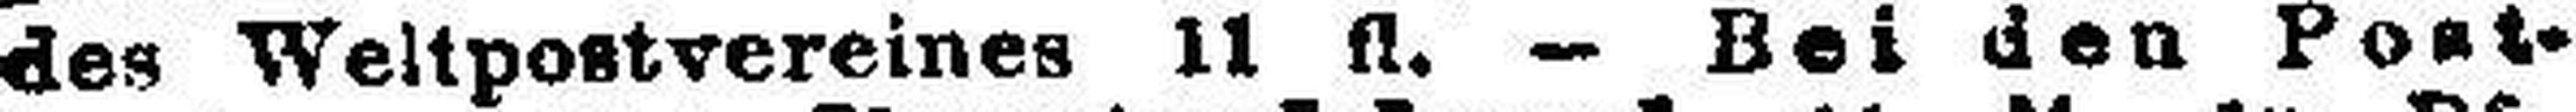
des Weltpostvereines 11 fl. — Bei den Post¬